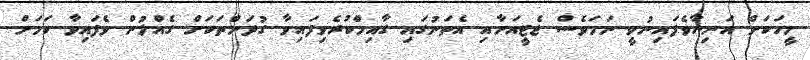
މީހަކަށް އަނިޔާވެފައިނުވީ ނަމަވެސް ޖެޓީއަށާއި އެތަނުގައި ގާއިމްކުރެވިފައިވާ ގުދަންތަކަށް ގެއްލުން ވެފައިވާ ކަމަށް